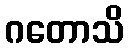
ဂတောသိ